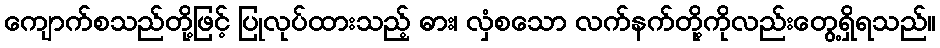
ကျောက်စသည်တို့ဖြင့် ပြုလုပ်ထားသည့် ဓား၊ လှံစသော လက်နက်တို့ကိုလည်းတွေ့ရှိရသည်။